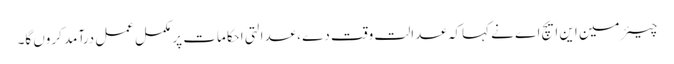
چیئر مین این ایچ اے نے کہاکہ عدالت وقت دے ،عدالتی احکامات پر مکمل عمل درآمد کروں گا۔